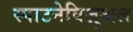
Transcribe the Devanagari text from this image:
स्पाटनेविज़ुअल